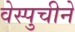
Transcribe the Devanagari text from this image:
वेस्पुचीने